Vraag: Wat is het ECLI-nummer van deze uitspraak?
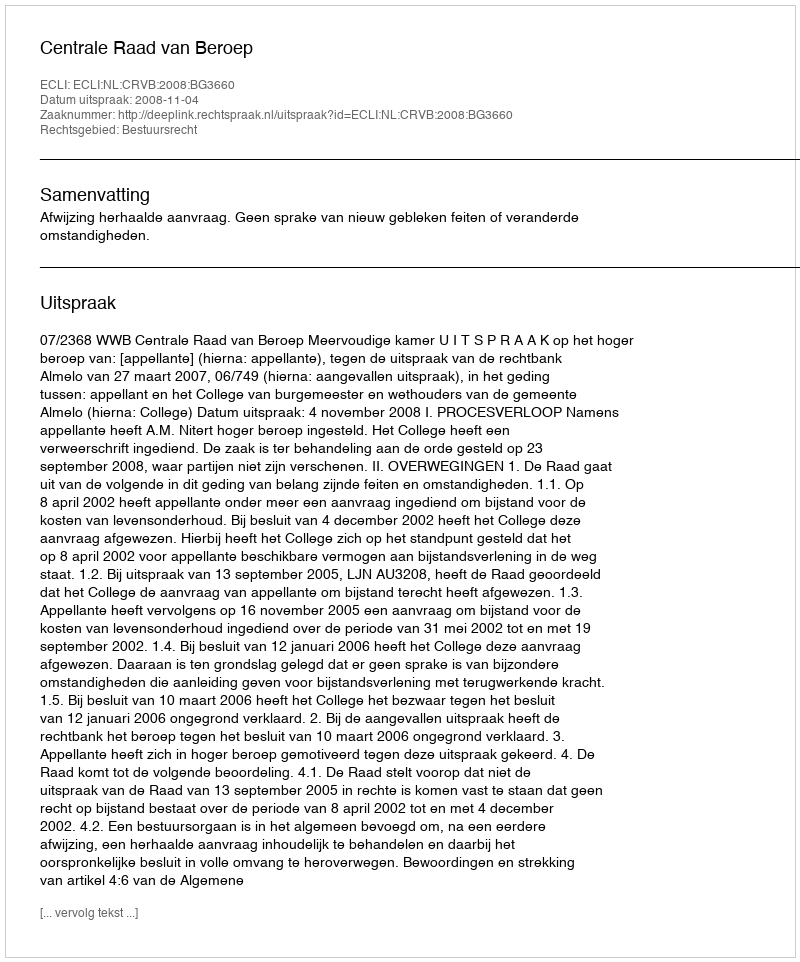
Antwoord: ECLI:NL:CRVB:2008:BG3660